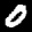
Label: 0